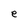
Character: e